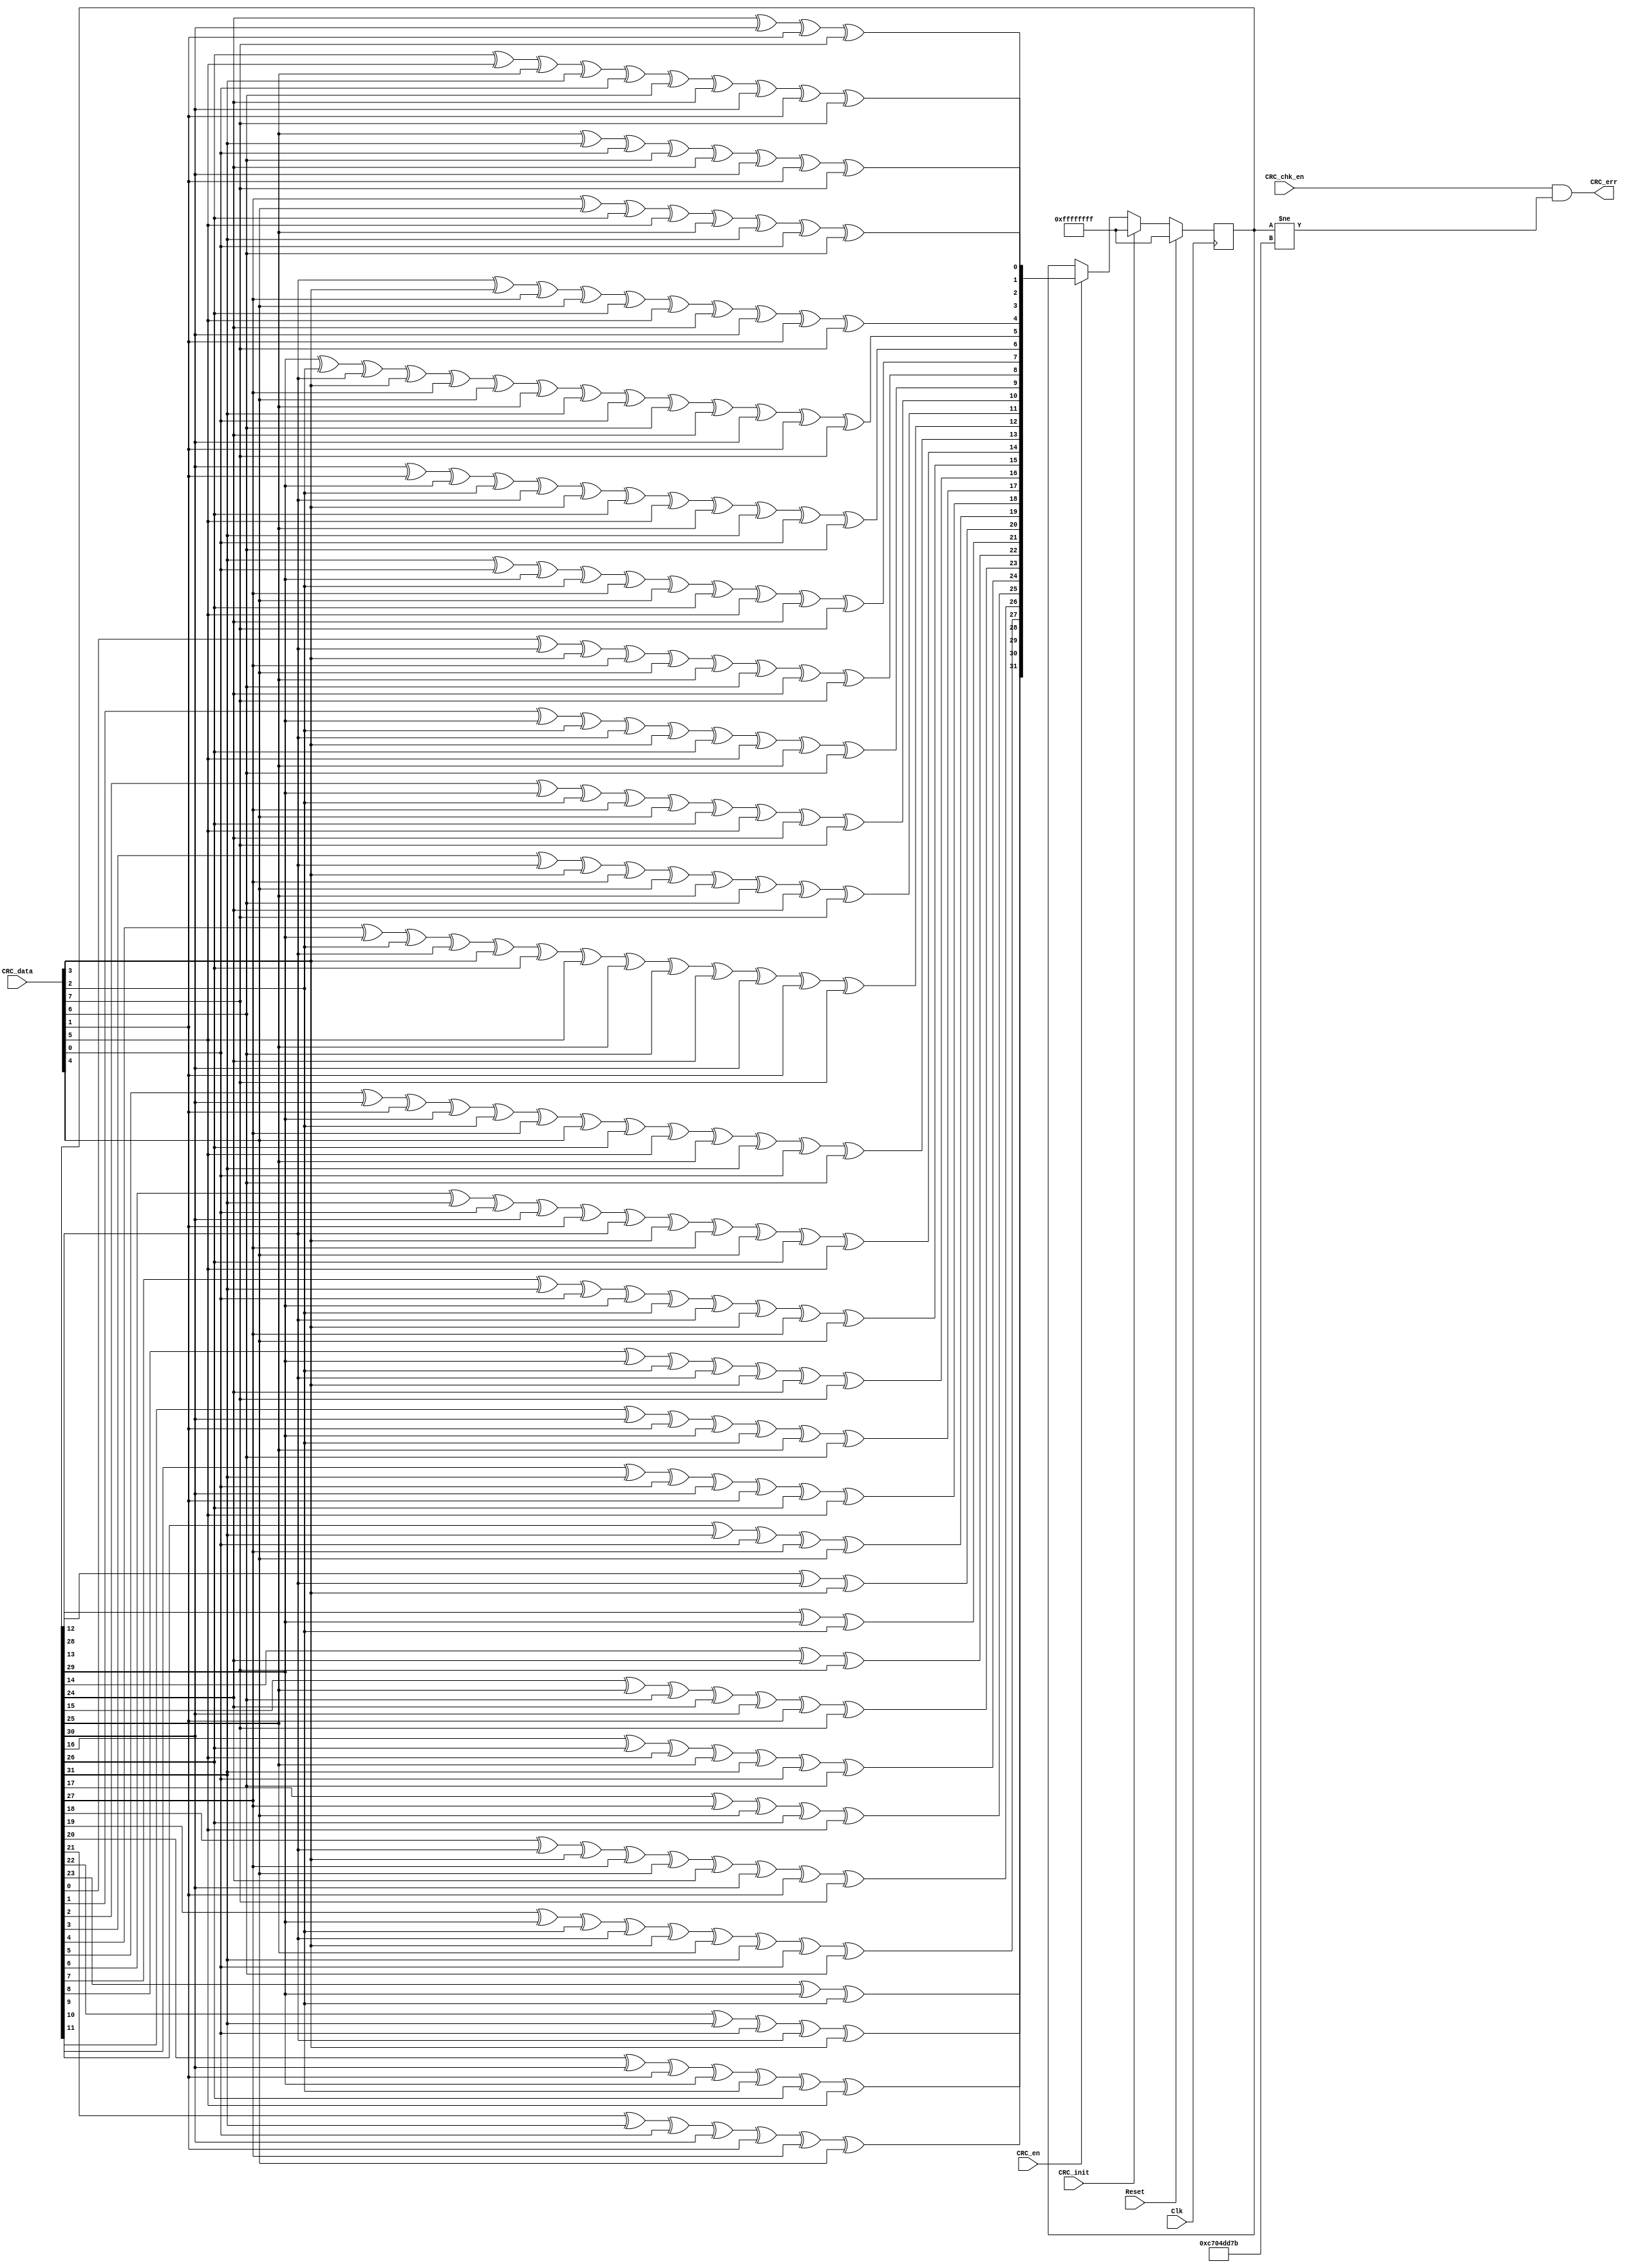
//////////////////////////////////////////////////////////////////////
////                                                              ////
////  CRC_chk.v                                                   ////
////                                                              ////
////  This file is part of the Ethernet IP core project           ////
////  http://www.opencores.org/projects.cgi/web/ethernet_tri_mode/////
////                                                              ////
////  Author(s):                                                  ////
////      - Jon Gao (gaojon@yahoo.com)                            ////
////                                                              ////
////                                                              ////
//////////////////////////////////////////////////////////////////////
////                                                              ////
//// Copyright (C) 2001 Authors                                   ////
////                                                              ////
//// This source file may be used and distributed without         ////
//// restriction provided that this copyright statement is not    ////
//// removed from the file and that any derivative work contains  ////
//// the original copyright notice and the associated disclaimer. ////
////                                                              ////
//// This source file is free software; you can redistribute it   ////
//// and/or modify it under the terms of the GNU Lesser General   ////
//// Public License as published by the Free Software Foundation; ////
//// either version 2.1 of the License, or (at your option) any   ////
//// later version.                                               ////
////                                                              ////
//// This source is distributed in the hope that it will be       ////
//// useful, but WITHOUT ANY WARRANTY; without even the implied   ////
//// warranty of MERCHANTABILITY or FITNESS FOR A PARTICULAR      ////
//// PURPOSE.  See the GNU Lesser General Public License for more ////
//// details.                                                     ////
////                                                              ////
//// You should have received a copy of the GNU Lesser General    ////
//// Public License along with this source; if not, download it   ////
//// from http://www.opencores.org/lgpl.shtml                     ////
////                                                              ////
//////////////////////////////////////////////////////////////////////
//                                                                    
// CVS Revision History                                               
//                                                                    
// $Log: not supported by cvs2svn $
// Revision 1.2  2005/12/16 06:44:16  Administrator
// replaced tab with space.
// passed 9.6k length frame test.
//
// Revision 1.1.1.1  2005/12/13 01:51:45  Administrator
// no message
//                                           

module CRC_chk(
Reset       ,
Clk         ,
CRC_data    ,
CRC_init    ,
CRC_en      ,
//From CPU  
CRC_chk_en  ,
CRC_err     
);
input       Reset       ;
input       Clk         ;
input[7:0]  CRC_data    ;
input       CRC_init    ;
input       CRC_en      ;
            //From CPU
input       CRC_chk_en  ;
output      CRC_err     ; 
//******************************************************************************   
//internal signals                                                              
//******************************************************************************
reg [31:0]  CRC_reg=32'hffffffff;
wire[31:0]  Next_CRC;
//******************************************************************************
//input data width is 8bit, and the first bit is bit[0]
function[31:0]  NextCRC;
    input[7:0]      D;
    input[31:0]     C;
    reg[31:0]       NewCRC;
    begin
    NewCRC[0]=C[24]^C[30]^D[1]^D[7];
    NewCRC[1]=C[25]^C[31]^D[0]^D[6]^C[24]^C[30]^D[1]^D[7];
    NewCRC[2]=C[26]^D[5]^C[25]^C[31]^D[0]^D[6]^C[24]^C[30]^D[1]^D[7];
    NewCRC[3]=C[27]^D[4]^C[26]^D[5]^C[25]^C[31]^D[0]^D[6];
    NewCRC[4]=C[28]^D[3]^C[27]^D[4]^C[26]^D[5]^C[24]^C[30]^D[1]^D[7];
    NewCRC[5]=C[29]^D[2]^C[28]^D[3]^C[27]^D[4]^C[25]^C[31]^D[0]^D[6]^C[24]^C[30]^D[1]^D[7];
    NewCRC[6]=C[30]^D[1]^C[29]^D[2]^C[28]^D[3]^C[26]^D[5]^C[25]^C[31]^D[0]^D[6];
    NewCRC[7]=C[31]^D[0]^C[29]^D[2]^C[27]^D[4]^C[26]^D[5]^C[24]^D[7];
    NewCRC[8]=C[0]^C[28]^D[3]^C[27]^D[4]^C[25]^D[6]^C[24]^D[7];
    NewCRC[9]=C[1]^C[29]^D[2]^C[28]^D[3]^C[26]^D[5]^C[25]^D[6];
    NewCRC[10]=C[2]^C[29]^D[2]^C[27]^D[4]^C[26]^D[5]^C[24]^D[7];
    NewCRC[11]=C[3]^C[28]^D[3]^C[27]^D[4]^C[25]^D[6]^C[24]^D[7];
    NewCRC[12]=C[4]^C[29]^D[2]^C[28]^D[3]^C[26]^D[5]^C[25]^D[6]^C[24]^C[30]^D[1]^D[7];
    NewCRC[13]=C[5]^C[30]^D[1]^C[29]^D[2]^C[27]^D[4]^C[26]^D[5]^C[25]^C[31]^D[0]^D[6];
    NewCRC[14]=C[6]^C[31]^D[0]^C[30]^D[1]^C[28]^D[3]^C[27]^D[4]^C[26]^D[5];
    NewCRC[15]=C[7]^C[31]^D[0]^C[29]^D[2]^C[28]^D[3]^C[27]^D[4];
    NewCRC[16]=C[8]^C[29]^D[2]^C[28]^D[3]^C[24]^D[7];
    NewCRC[17]=C[9]^C[30]^D[1]^C[29]^D[2]^C[25]^D[6];
    NewCRC[18]=C[10]^C[31]^D[0]^C[30]^D[1]^C[26]^D[5];
    NewCRC[19]=C[11]^C[31]^D[0]^C[27]^D[4];
    NewCRC[20]=C[12]^C[28]^D[3];
    NewCRC[21]=C[13]^C[29]^D[2];
    NewCRC[22]=C[14]^C[24]^D[7];
    NewCRC[23]=C[15]^C[25]^D[6]^C[24]^C[30]^D[1]^D[7];
    NewCRC[24]=C[16]^C[26]^D[5]^C[25]^C[31]^D[0]^D[6];
    NewCRC[25]=C[17]^C[27]^D[4]^C[26]^D[5];
    NewCRC[26]=C[18]^C[28]^D[3]^C[27]^D[4]^C[24]^C[30]^D[1]^D[7];
    NewCRC[27]=C[19]^C[29]^D[2]^C[28]^D[3]^C[25]^C[31]^D[0]^D[6];
    NewCRC[28]=C[20]^C[30]^D[1]^C[29]^D[2]^C[26]^D[5];
    NewCRC[29]=C[21]^C[31]^D[0]^C[30]^D[1]^C[27]^D[4];
    NewCRC[30]=C[22]^C[31]^D[0]^C[28]^D[3];
    NewCRC[31]=C[23]^C[29]^D[2];
    NextCRC=NewCRC;
    end
        endfunction

always @ (posedge Clk )
    if (Reset)
        CRC_reg     <=32'hffffffff;
    else if (CRC_init)
        CRC_reg     <=32'hffffffff;
    else if (CRC_en)
        CRC_reg     <=NextCRC(CRC_data,CRC_reg);

assign  CRC_err = CRC_chk_en&(CRC_reg[31:0] != 32'hc704dd7b);

endmodule